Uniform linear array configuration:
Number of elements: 16
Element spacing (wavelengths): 0.25
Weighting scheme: kaiser
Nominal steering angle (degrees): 60
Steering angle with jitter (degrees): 59.79
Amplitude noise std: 0.05
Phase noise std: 0.05

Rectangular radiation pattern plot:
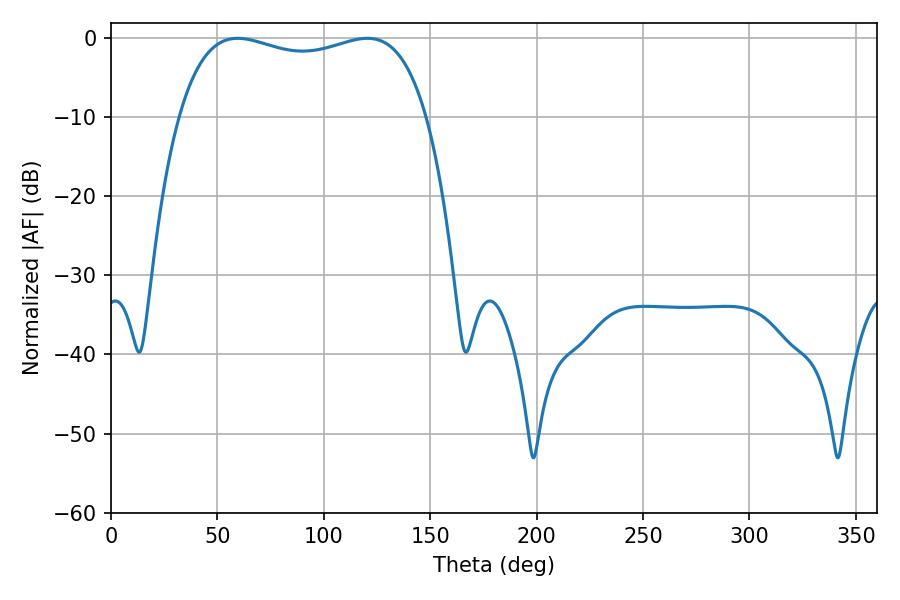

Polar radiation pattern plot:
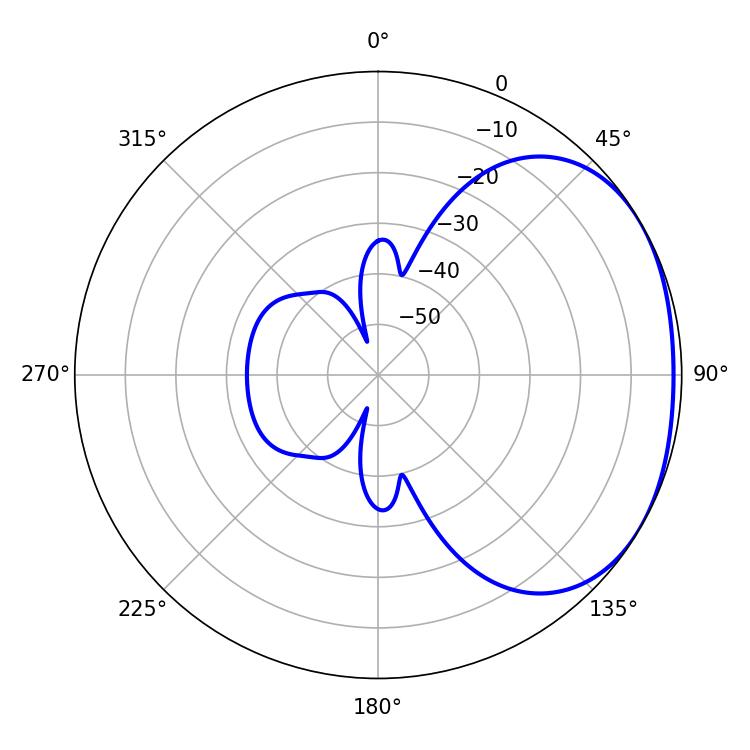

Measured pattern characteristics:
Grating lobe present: FALSE
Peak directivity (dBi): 1.901
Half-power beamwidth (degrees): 95.04
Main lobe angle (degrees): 59.58